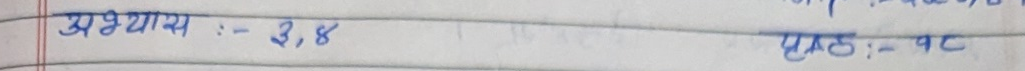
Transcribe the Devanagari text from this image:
अध्याय :- ३,४
एकक :- पट